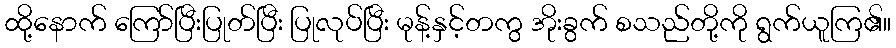
ထို့နောက် ကြော်ပြီးပြုတ်ပြီး ပြုလုပ်ပြီး မုန့်နှင့်တကွ အိုးခွက် စသည်တို့ကို ရွက်ယူကြ၏။